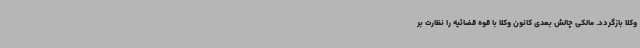
وکلا بازگردد. مالکی چالش بعدی کانون وکلا با قوه قضائیه را نظارت بر